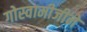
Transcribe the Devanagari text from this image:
गोस्वामीजीने